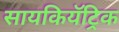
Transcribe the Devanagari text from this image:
सायकियॅट्रिक